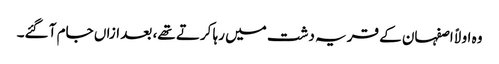
وہ اولاً اصفہان کے قریہ دشت میں رہا کرتے تھے، بعد ازاں جام آ گئے۔